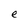
Character: e